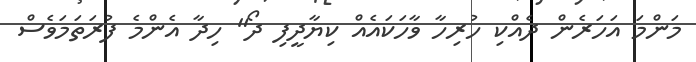
މަންމަ އަހަރެން ދެއްކި ހުރިހާ ވާހަކައެއް ކިޔާދީފި ދޯ" ހިދާ އެންމެ ފުރަތަމަވެސް